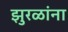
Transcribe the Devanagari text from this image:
झुरळांना